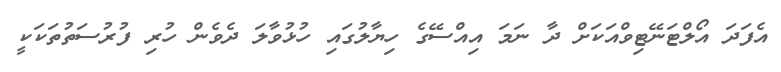
އެފަދަ އޯލްޓަނޭޓިވްއަކަށް ދާ ނަމަ އިއްސޭގެ ހިޔާލުގައި ހުޅުވާލަ ދެވެން ހުރި ފުރުސަތުތަކަކީ